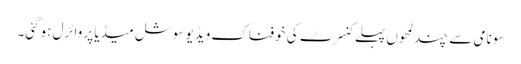
سونامی سے چند لمحوں پہلے کنسرٹ کی خوفناک ویڈیو سوشل میڈیا پر وائرل ہوگئی۔